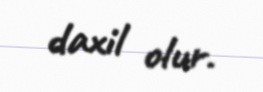
daxil olur.